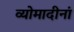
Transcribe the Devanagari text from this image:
व्योमादीनां